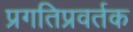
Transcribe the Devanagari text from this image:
प्रगतिप्रवर्तक